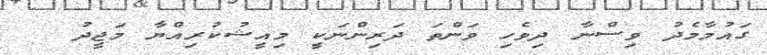
ގައުމާމެދު ވިސްނާ ދިވެހި ވަންތަ ދަރިންނަކީ މިއީޝުކުރިއްޔާ މަޖީދު